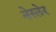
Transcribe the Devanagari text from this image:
नेस्लेर